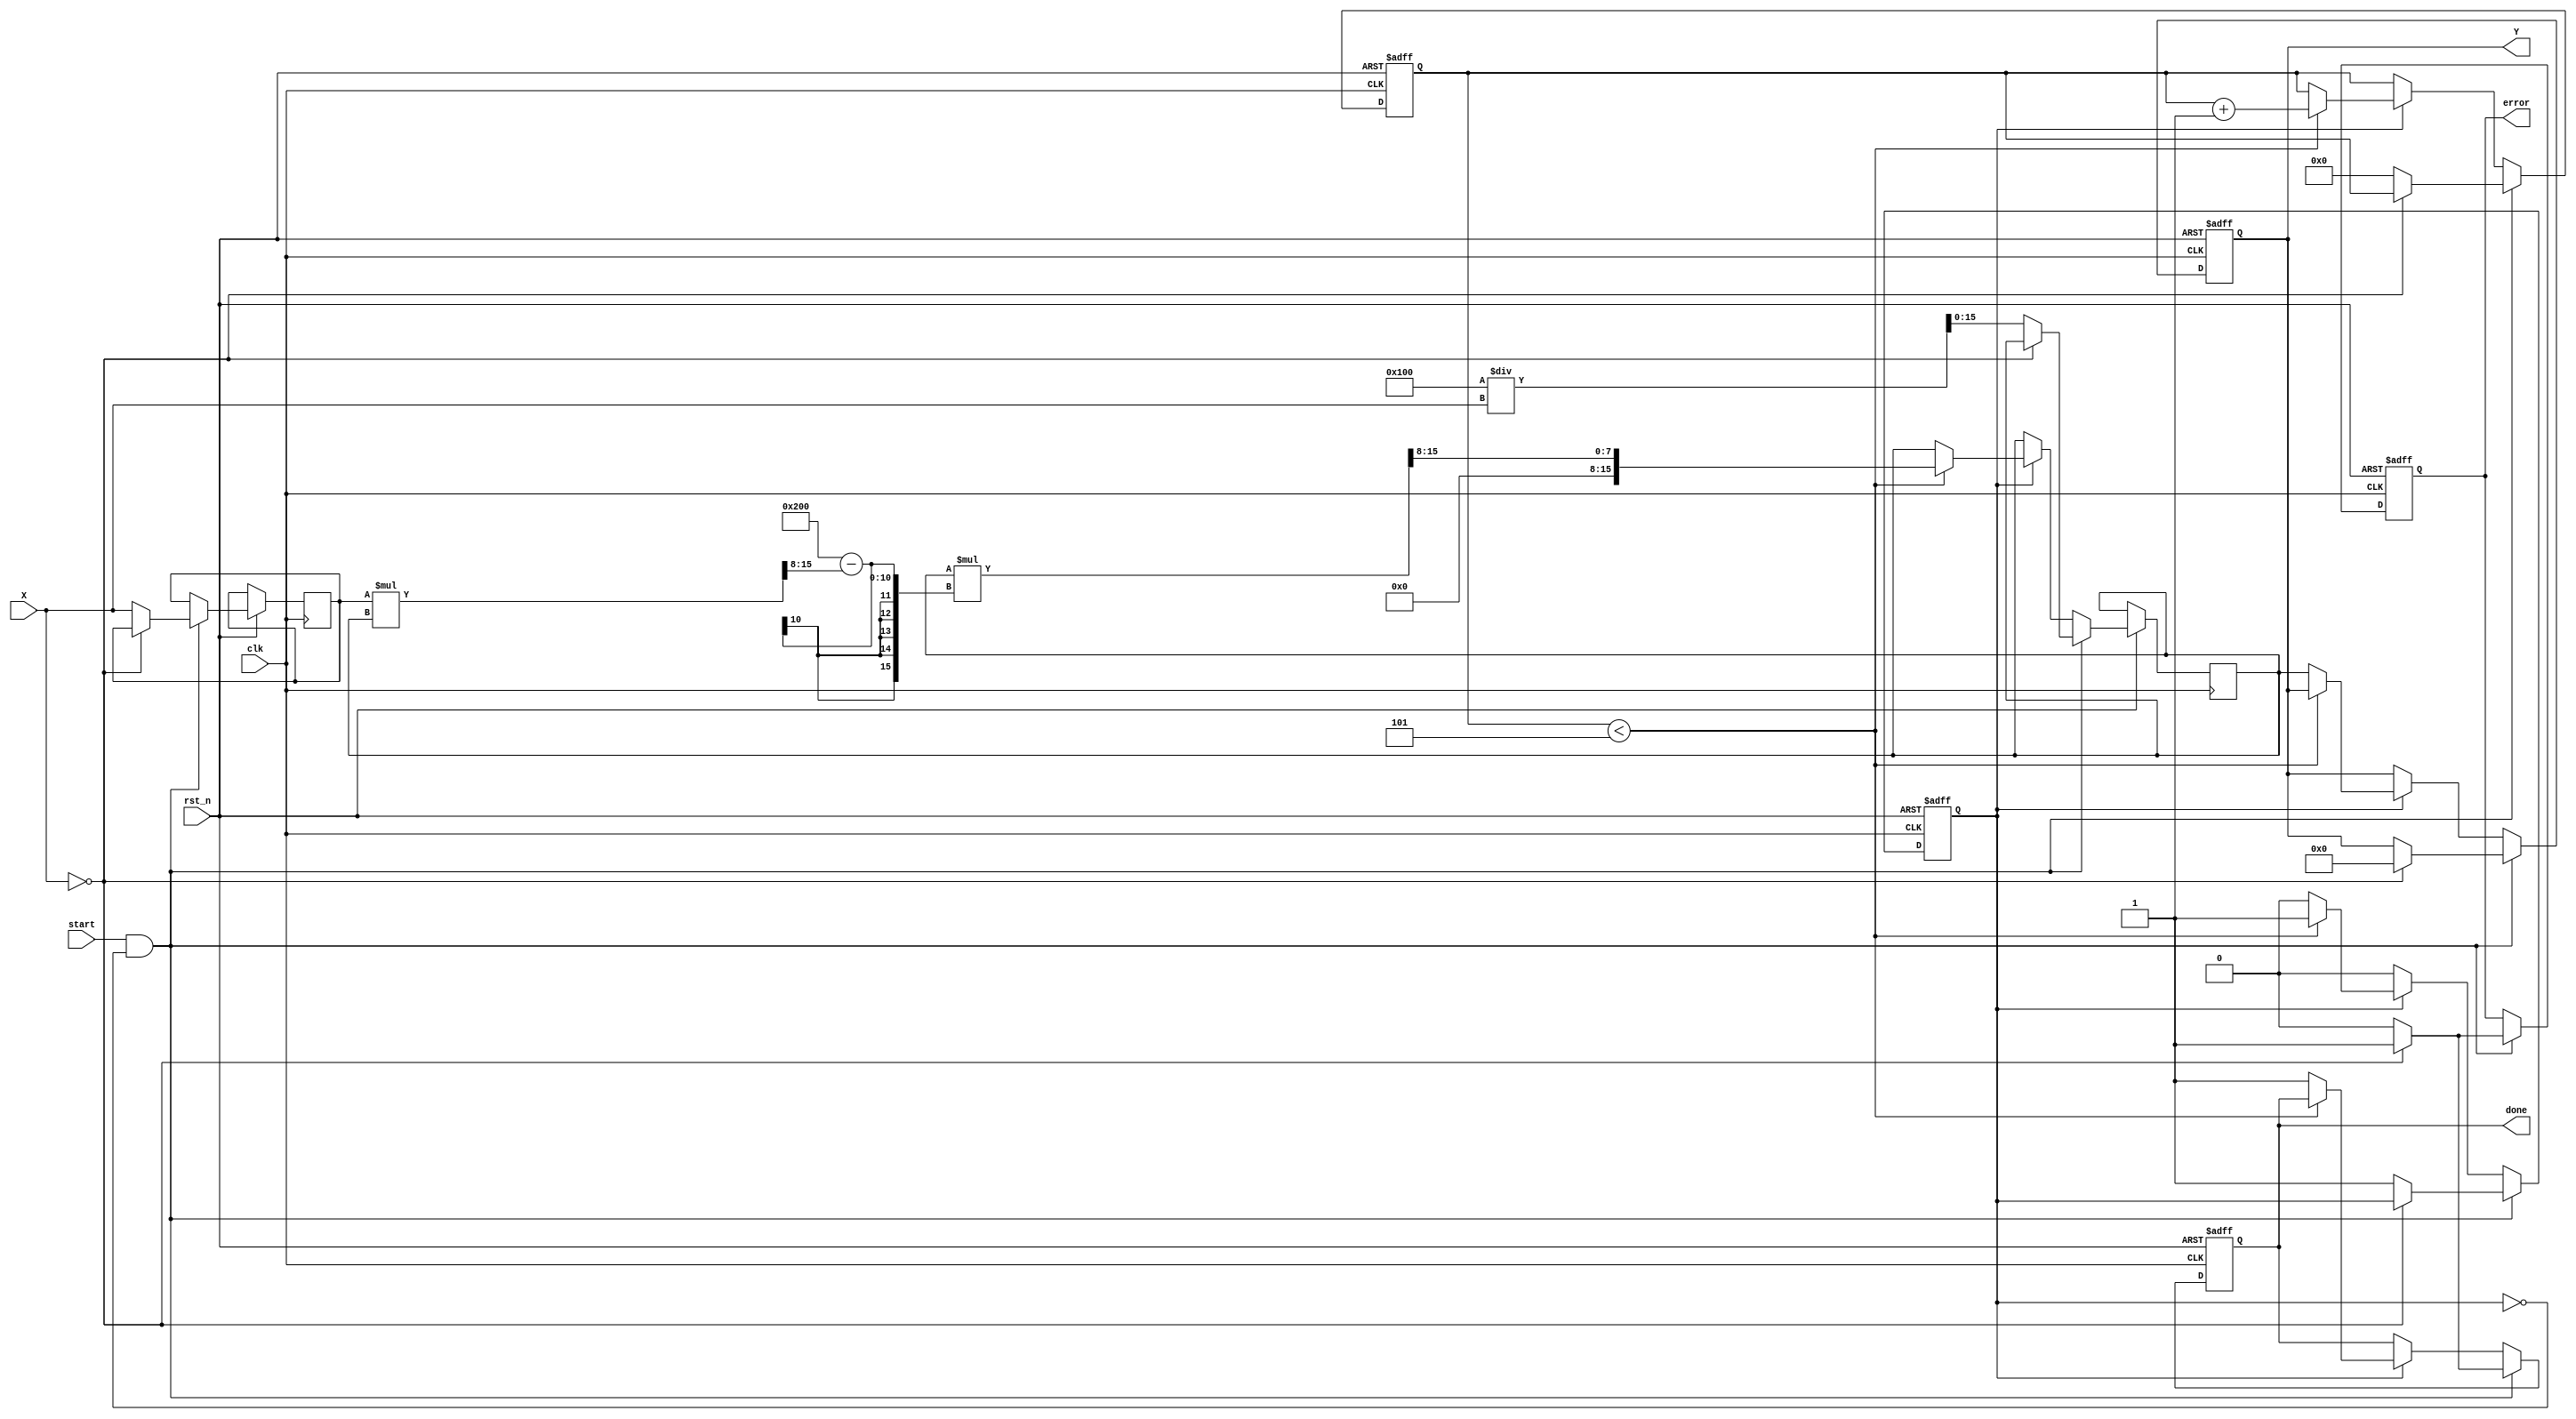
module FixedPointReciprocal #(
    parameter N = 16,               // Bit-width of input X
    parameter M = 16,               // Bit-width of output Y
    parameter FRACTIONAL_BITS = 8,  // Number of fractional bits
    parameter MAX_ITERATIONS = 5     // Maximum number of iterations for convergence
)(
    input wire clk,
    input wire rst_n,
    input wire [N-1:0] X,           // Input fixed-point number
    input wire start,                // Start signal for computation
    output reg [M-1:0] Y,           // Output fixed-point reciprocal
    output reg done,                 // Done signal
    output reg error                 // Error signal (e.g., division by zero)
);

    reg [N-1:0] x_reg;
    reg [M-1:0] approx;              // Current approximation of the reciprocal
    reg [3:0] iteration_count;       // Iteration counter
    reg computing;                   // Flag to indicate computation in progress

    // Fixed-point multiplier
    function [M-1:0] fixed_point_mult;
        input [N-1:0] a;
        input [M-1:0] b;
        begin
            fixed_point_mult = (a * b) >> FRACTIONAL_BITS; // Adjust for fractional bits
        end
    endfunction

    // Initial guess for reciprocal
    function [M-1:0] initial_guess;
        input [N-1:0] x;
        begin
            // Simple initial guess: 1 / x (scaled)
            initial_guess = (1 << (M - FRACTIONAL_BITS)) / x; // Scale to M bits
        end
    endfunction

    always @(posedge clk or negedge rst_n) begin
        if (!rst_n) begin
            Y <= 0;
            done <= 0;
            error <= 0;
            computing <= 0;
            iteration_count <= 0;
        end else begin
            if (start && !computing) begin
                if (X == 0) begin
                    error <= 1; // Division by zero
                    Y <= 0;
                    done <= 1;
                end else begin
                    error <= 0;
                    x_reg <= X;
                    approx <= initial_guess(X);
                    iteration_count <= 0;
                    computing <= 1;
                    done <= 0;
                end
            end else if (computing) begin
                if (iteration_count < MAX_ITERATIONS) begin
                    // Newton-Raphson iteration: approx = approx * (2 - x * approx)
                    approx <= fixed_point_mult(approx, (2 << FRACTIONAL_BITS) - fixed_point_mult(x_reg, approx));
                    iteration_count <= iteration_count + 1;
                end else begin
                    Y <= approx; // Final result
                    done <= 1;
                    computing <= 0;
                end
            end
        end
    end
endmodule